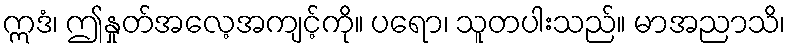
ဣဒံ၊ ဤနှုတ်အလေ့အကျင့်ကို။ ပရော၊ သူတပါးသည်။ မာအညာသိ၊